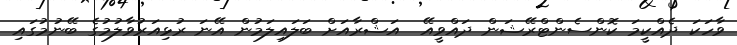
ވާހަކަ ދެއްކީމަ ކޮންސެންޓްރޭޝަން ދައްވީއޭ  އަޝްރާއަށް ބަލައިލަމުން އޭނަ ރުޅިއަރުވާލުމުގެ ބޭނުމުގައި